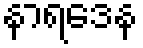
နာရဒေန